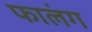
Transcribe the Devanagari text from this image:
फालंग